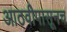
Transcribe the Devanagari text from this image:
आठवीपासूनच